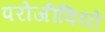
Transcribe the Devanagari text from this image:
परोजीवियों